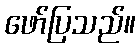
ဖော်ပြသည်။